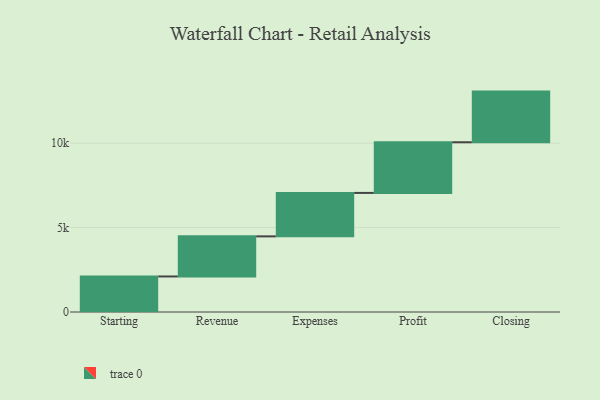
{"axis": {"x": "Step", "y": "Value"}, "legend": [""], "data": [{"x": "Starting", "y": 2105.0, "type": ""}, {"x": "Revenue", "y": 2374.0, "type": ""}, {"x": "Expenses", "y": 2574.0, "type": ""}, {"x": "Profit", "y": 3000, "type": ""}, {"x": "Closing", "y": 3000, "type": ""}]}